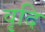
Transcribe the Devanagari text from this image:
वृदि